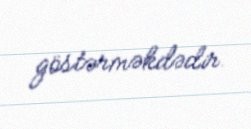
göstərməkdədir.